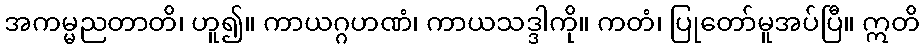
အကမ္မညတာတိ၊ ဟူ၍။ ကာယဂ္ဂဟဏံ၊ ကာယသဒ္ဒါကို။ ကတံ၊ ပြုတော်မူအပ်ပြီ။ ဣတိ